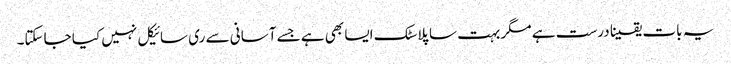
یہ بات یقینا درست ہے مگر بہت سا پلاسٹک ایسا بھی ہے جسے آسانی سے ری سائیکل نہیں کیا جاسکتا۔